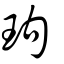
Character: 玽